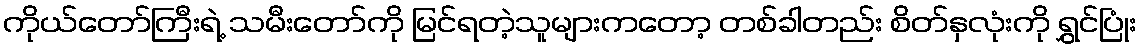
ကိုယ်တော်ကြီးရဲ့ သမီးတော်ကို မြင်ရတဲ့သူများကတော့ တစ်ခါတည်း စိတ်နှလုံးကို ရွှင်ပြုံး